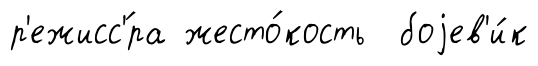
р'ежисс'́ра жесто́кость боjев'и́к